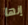
إنها